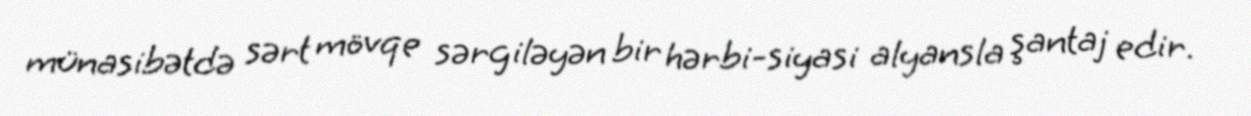
münasibətdə sərt mövqe sərgiləyən bir hərbi-siyasi alyansla şantaj edir.